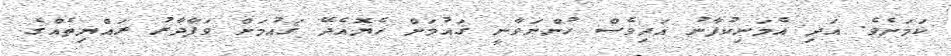
ކަމަށެވެ. އަދި އެމަނިކުފާނު އަދިވެސް ހުންނަވާނީ ޤައުމަށް ހެޔޮއެދޭ ޤައުމަށް ވަފާދާރު ރައްޔިތެއްގެ